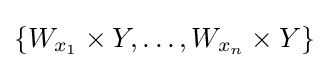
\{W_{x_{1}}\times Y,\dots ,W_{x_{n}}\times Y\}